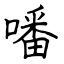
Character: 噃